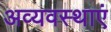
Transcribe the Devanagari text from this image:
अव्यवस्थाएं